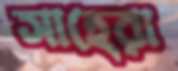
সাহেরা